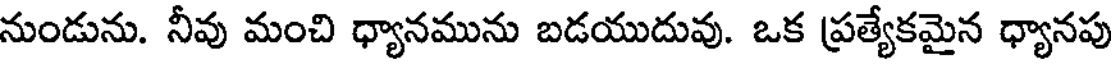
నుండును. నీవు మంచి ధ్యానమును బడయుదువు. ఒక ప్రత్యేకమైన ధ్యానపు